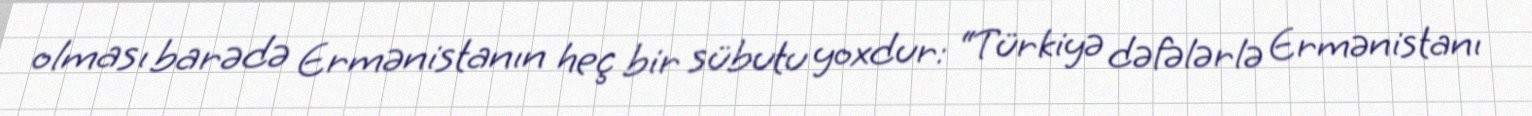
olması barədə Ermənistanın heç bir sübutu yoxdur: “Türkiyə dəfələrlə Ermənistanı